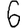
Digit: 6